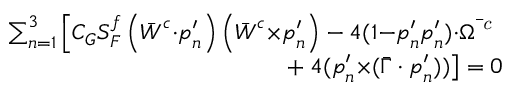
\begin{array} { r } { \sum _ { n = 1 } ^ { 3 } \left[ C _ { G } S _ { F } ^ { f } \left( \bar { \boldsymbol { W } } ^ { c } { \cdot } \boldsymbol { p } _ { n } ^ { \prime } \right) \left( \bar { \boldsymbol { W } } ^ { c } { \times } \boldsymbol { p } _ { n } ^ { \prime } \right) - 4 ( \mathbb { 1 } { - } \boldsymbol { p } _ { n } ^ { \prime } \boldsymbol { p } _ { n } ^ { \prime } ) { \cdot } \bar { \boldsymbol { \Omega } ^ { \textit { c } } } \right. } \\ { + \left. 4 ( \boldsymbol { p } _ { n } ^ { \prime } { \times } ( \bar { \boldsymbol { \Gamma } } \cdot \boldsymbol { p } _ { n } ^ { \prime } ) ) \right] = 0 } \end{array}